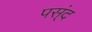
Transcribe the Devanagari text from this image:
पस्ंद